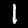
Label: 1